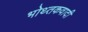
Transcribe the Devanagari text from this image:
भोथ्तकवादी